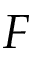
F